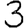
Digit: 3